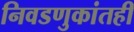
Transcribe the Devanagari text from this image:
निवडणुकांतही